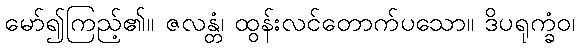
မော်၍ကြည့်၏။ ဇလန္တံ၊ ထွန်းလင်တောက်ပသော။ ဒိပရုက္ခံဝ၊